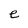
Character: e